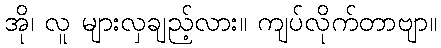
အို၊ လူ များလှချည့်လား။ ကျပ်လိုက်တာဗျာ။